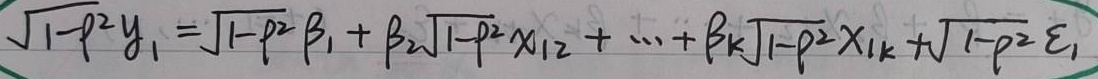
\(\sqrt{1 - \rho^{2}}y_{1}=\sqrt{1 - \rho^{2}}\beta_{1}+\beta_{2}\sqrt{1 - \rho^{2}}x_{12}+\cdots+\beta_{k}\sqrt{1 - \rho^{2}}x_{1k}+\sqrt{1 - \rho^{2}}\varepsilon_{1}\)